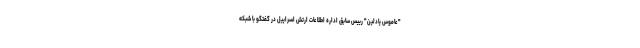
"عاموس یادلین" رییس سابق اداره اطلاعات ارتش اسراییل در گفتگو با شبکه